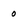
Character: o